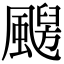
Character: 𩘦